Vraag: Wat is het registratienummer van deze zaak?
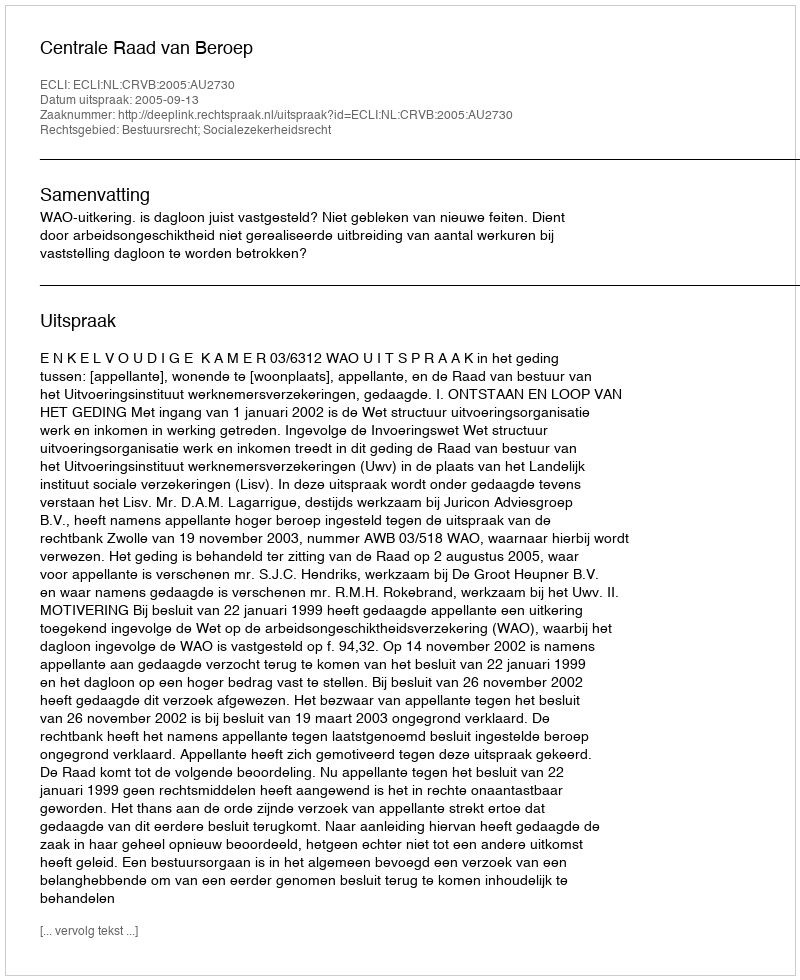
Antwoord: http://deeplink.rechtspraak.nl/uitspraak?id=ECLI:NL:CRVB:2005:AU2730